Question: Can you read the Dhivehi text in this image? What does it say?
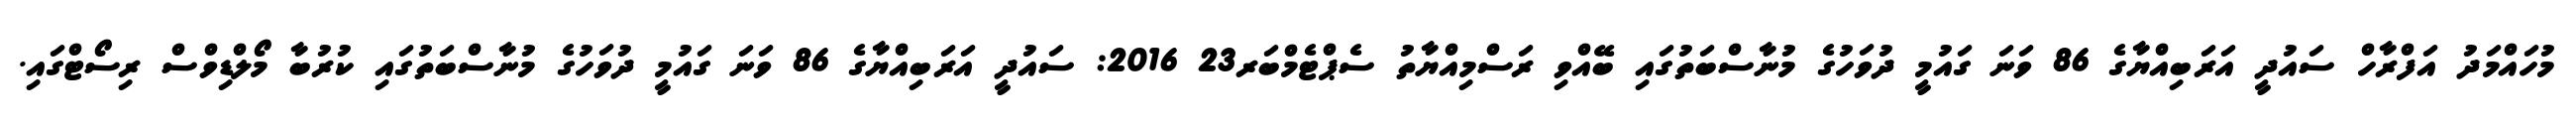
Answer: މުހައްމަދު އަފްރާހް ސައުދީ އަރަބިއްޔާގެ 86 ވަނަ ގައުމީ ދުވަހުގެ މުނާސްބަތުގައި ބޭއްވި ރަސްމިއްޔާތު ސެޕްޓެމްބަރ23 2016: ސައުދީ އަރަބިއްޔާގެ 86 ވަނަ ގައުމީ ދުވަހުގެ މުނާސްބަތުގައި ކުރުބާ މޯލްޑިވްސް ރިސޯޓްގައި.